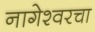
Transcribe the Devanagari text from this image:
नागेश्वरचा